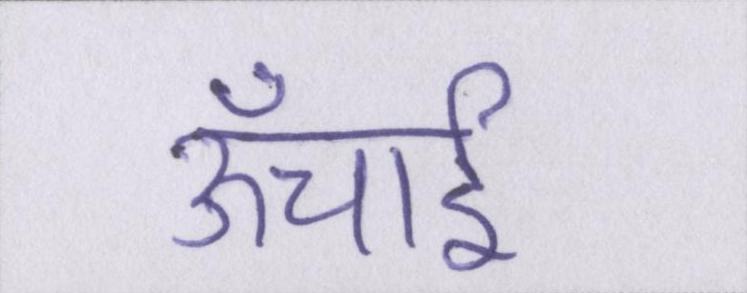
ऊँचाई